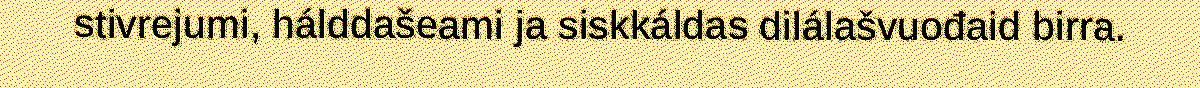
stivrejumi, hálddašeami ja siskkáldas dilálašvuođaid birra.